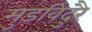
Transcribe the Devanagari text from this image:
मुडविदुरै